Newspaper: The sun. [volume]
Place of publication: New York [N.Y.]
Publisher: Benj. H. Day
Date: 1900-12-21 00:00:00
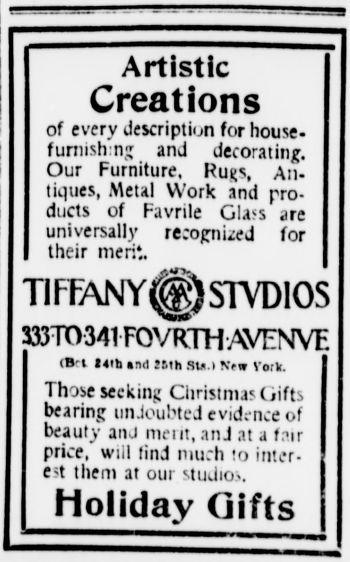
Advertisement text (OCR):
Artistic ArtisticCreations ArtisticCreations Creations Creationsof of every description for house housefurnishing housefurnishing furnishing and decorating decorating9ur 9ur Our Furniture Rugs An Antiques Alltiques tiques Metal Work ork and pro products ro roducts ducts of Favrile Glass are areuniversally areuniversally universally recognized for fortheir fortheir their merit meritTIFFANY nieritT1ftANY TIFFANY STVDIOS STVDIOS333TO341FOVRntAVENVE STYDIOSflU 333TO341FOVRntAVENVE 333TO341FOVRntAVENVEBet Bet Klh and 2Mb Its New iew iorV iorVThose onlc onlcThose Those seeking Christmas Gifts Giftsbearing bearing unJoubted evidence of beauty and merit an anJ J at a fair fairprice fairprice price will find much to inter interest iliteret ¬ est them at our studios studiosHoliday stutiioidaOs Holiday idaOs Gifts
Label: text-only